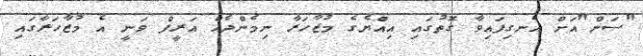
"ސަން"އަށް އެނގިފައިވާ ގޮތުގައި އިއްޔެގެ މުޒާހަރާ ނިމެންދެއް އަރީފް ވަނީ އެ މުޒާހަރާގައި